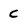
Character: c